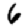
Digit: 6